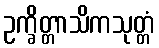
ဥက္ခိတ္တာသိကသုတ္တံ